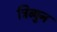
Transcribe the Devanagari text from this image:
ट्रिब्युन